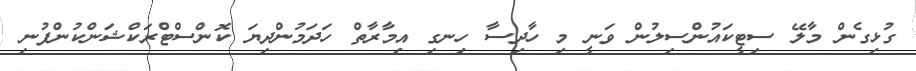
ގުޅިގެން މާލޭ ސިޓީކައުންސިލުން ވަނީ މި ހާދިސާ ހިނގި އިމާރާތް ހަދަމުންދިޔަ ކޮންސްޓްރަކްޝަންކުންފުނި